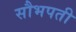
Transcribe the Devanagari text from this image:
सौभपती